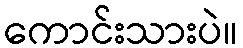
ကောင်းသားပဲ။